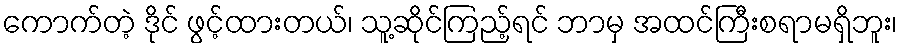
ကောက်တဲ့ ဒိုင် ဖွင့်ထားတယ်၊ သူ့ဆိုင်ကြည့်ရင် ဘာမှ အထင်ကြီးစရာမရှိဘူး၊